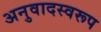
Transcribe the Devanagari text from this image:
अनुवादस्वरूप